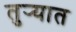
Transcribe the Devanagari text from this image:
तुर्‍यात